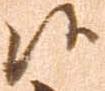
候